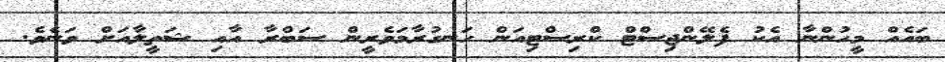
ބައެއް މީހުންނާ އެކު ފެލޭންޖިސްޓް ކްރިސްޓިއަން ހަނގުރާމަވެރީން ސަބްރާ އާއި ޝަތީލާއަށް ވަނެވެ.